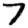
Digit: 7